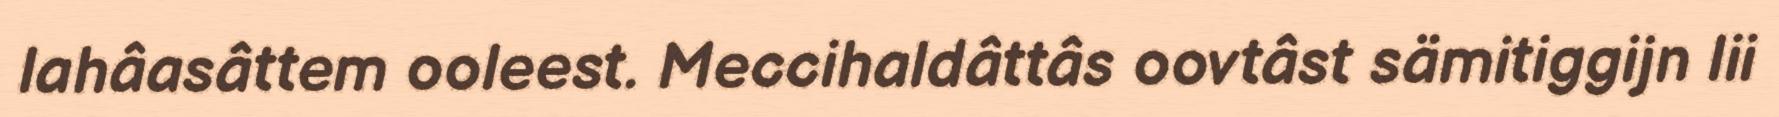
lahâasâttem ooleest. Meccihaldâttâs oovtâst sämitiggijn lii